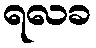
ရလခ